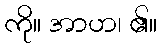
ကို။ အာဟ၊ ၏။